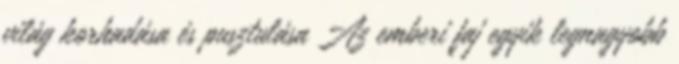
világ korhadása és pusztulása Az emberi faj egyik legnagyobb